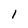
Character: l